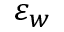
\varepsilon _ { w }